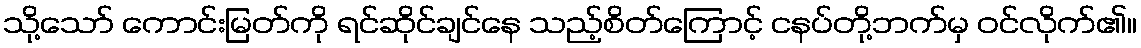
သို့သော် ကောင်းမြတ်ကို ရင်ဆိုင်ချင်နေ သည့်စိတ်ကြောင့် ငနပ်တို့ဘက်မှ ဝင်လိုက်၏။